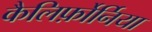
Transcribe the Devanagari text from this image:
कैलिर्फ़ोर्निया